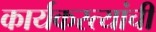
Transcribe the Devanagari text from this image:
कार्यकरत्यांची